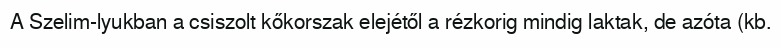
A Szelim-lyukban a csiszolt kőkorszak elejétől a rézkorig mindig laktak, de azóta (kb.